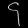
Digit: ၄